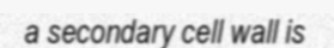
a secondary cell wall is